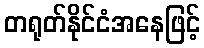
တရုတ်နိုင်ငံအနေဖြင့်